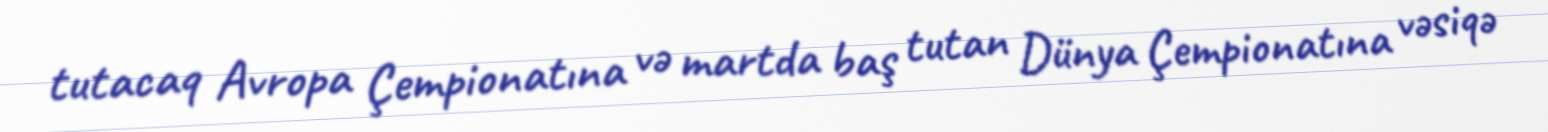
tutacaq Avropa Çempionatına və martda baş tutan Dünya Çempionatına vəsiqə